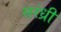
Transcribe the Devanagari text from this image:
सरंध्री